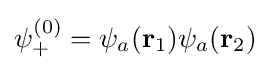
\psi _{+}^{(0)}=\psi _{a}(\mathbf {r} _{1})\psi _{a}(\mathbf {r} _{2})